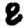
Digit: 8